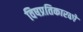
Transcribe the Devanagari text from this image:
विषप्रतिकारकों